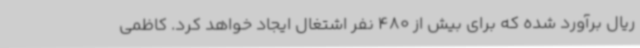
ریال برآورد شده که برای بیش از 480 نفر اشتغال ایجاد خواهد کرد. کاظمی